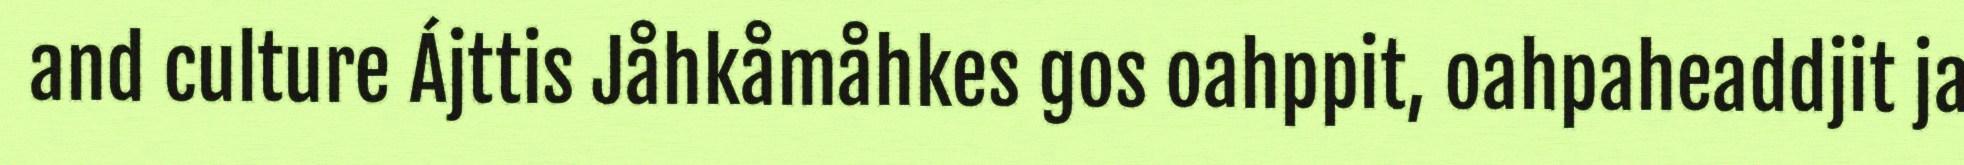
and culture Ájttis Jåhkåmåhkes gos oahppit, oahpaheaddjit ja